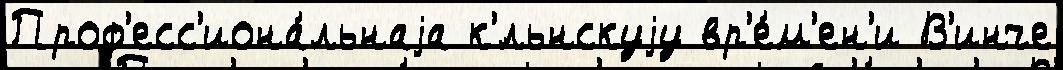
Проф'есс'иона́льнаjа к'́льнскуjу вр'е́м'ен'и В'инче